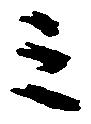
三